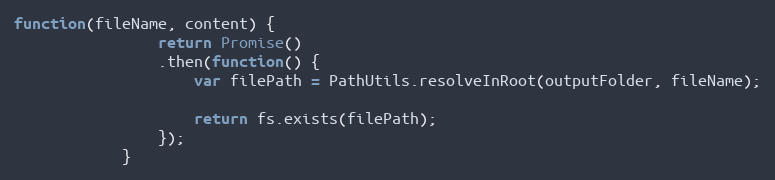
Language: JavaScript
function(fileName, content) {
                return Promise()
                .then(function() {
                    var filePath = PathUtils.resolveInRoot(outputFolder, fileName);

                    return fs.exists(filePath);
                });
            }